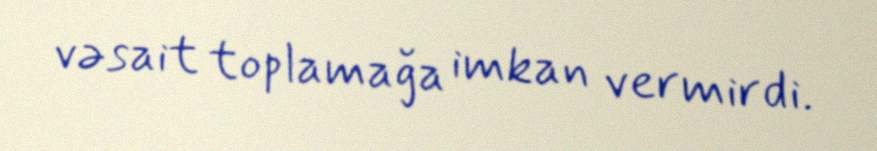
vəsait toplamağa imkan vermirdi.